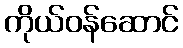
ကိုယ်ဝန်ဆောင်